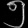
Digit: ၅